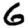
Digit: 6